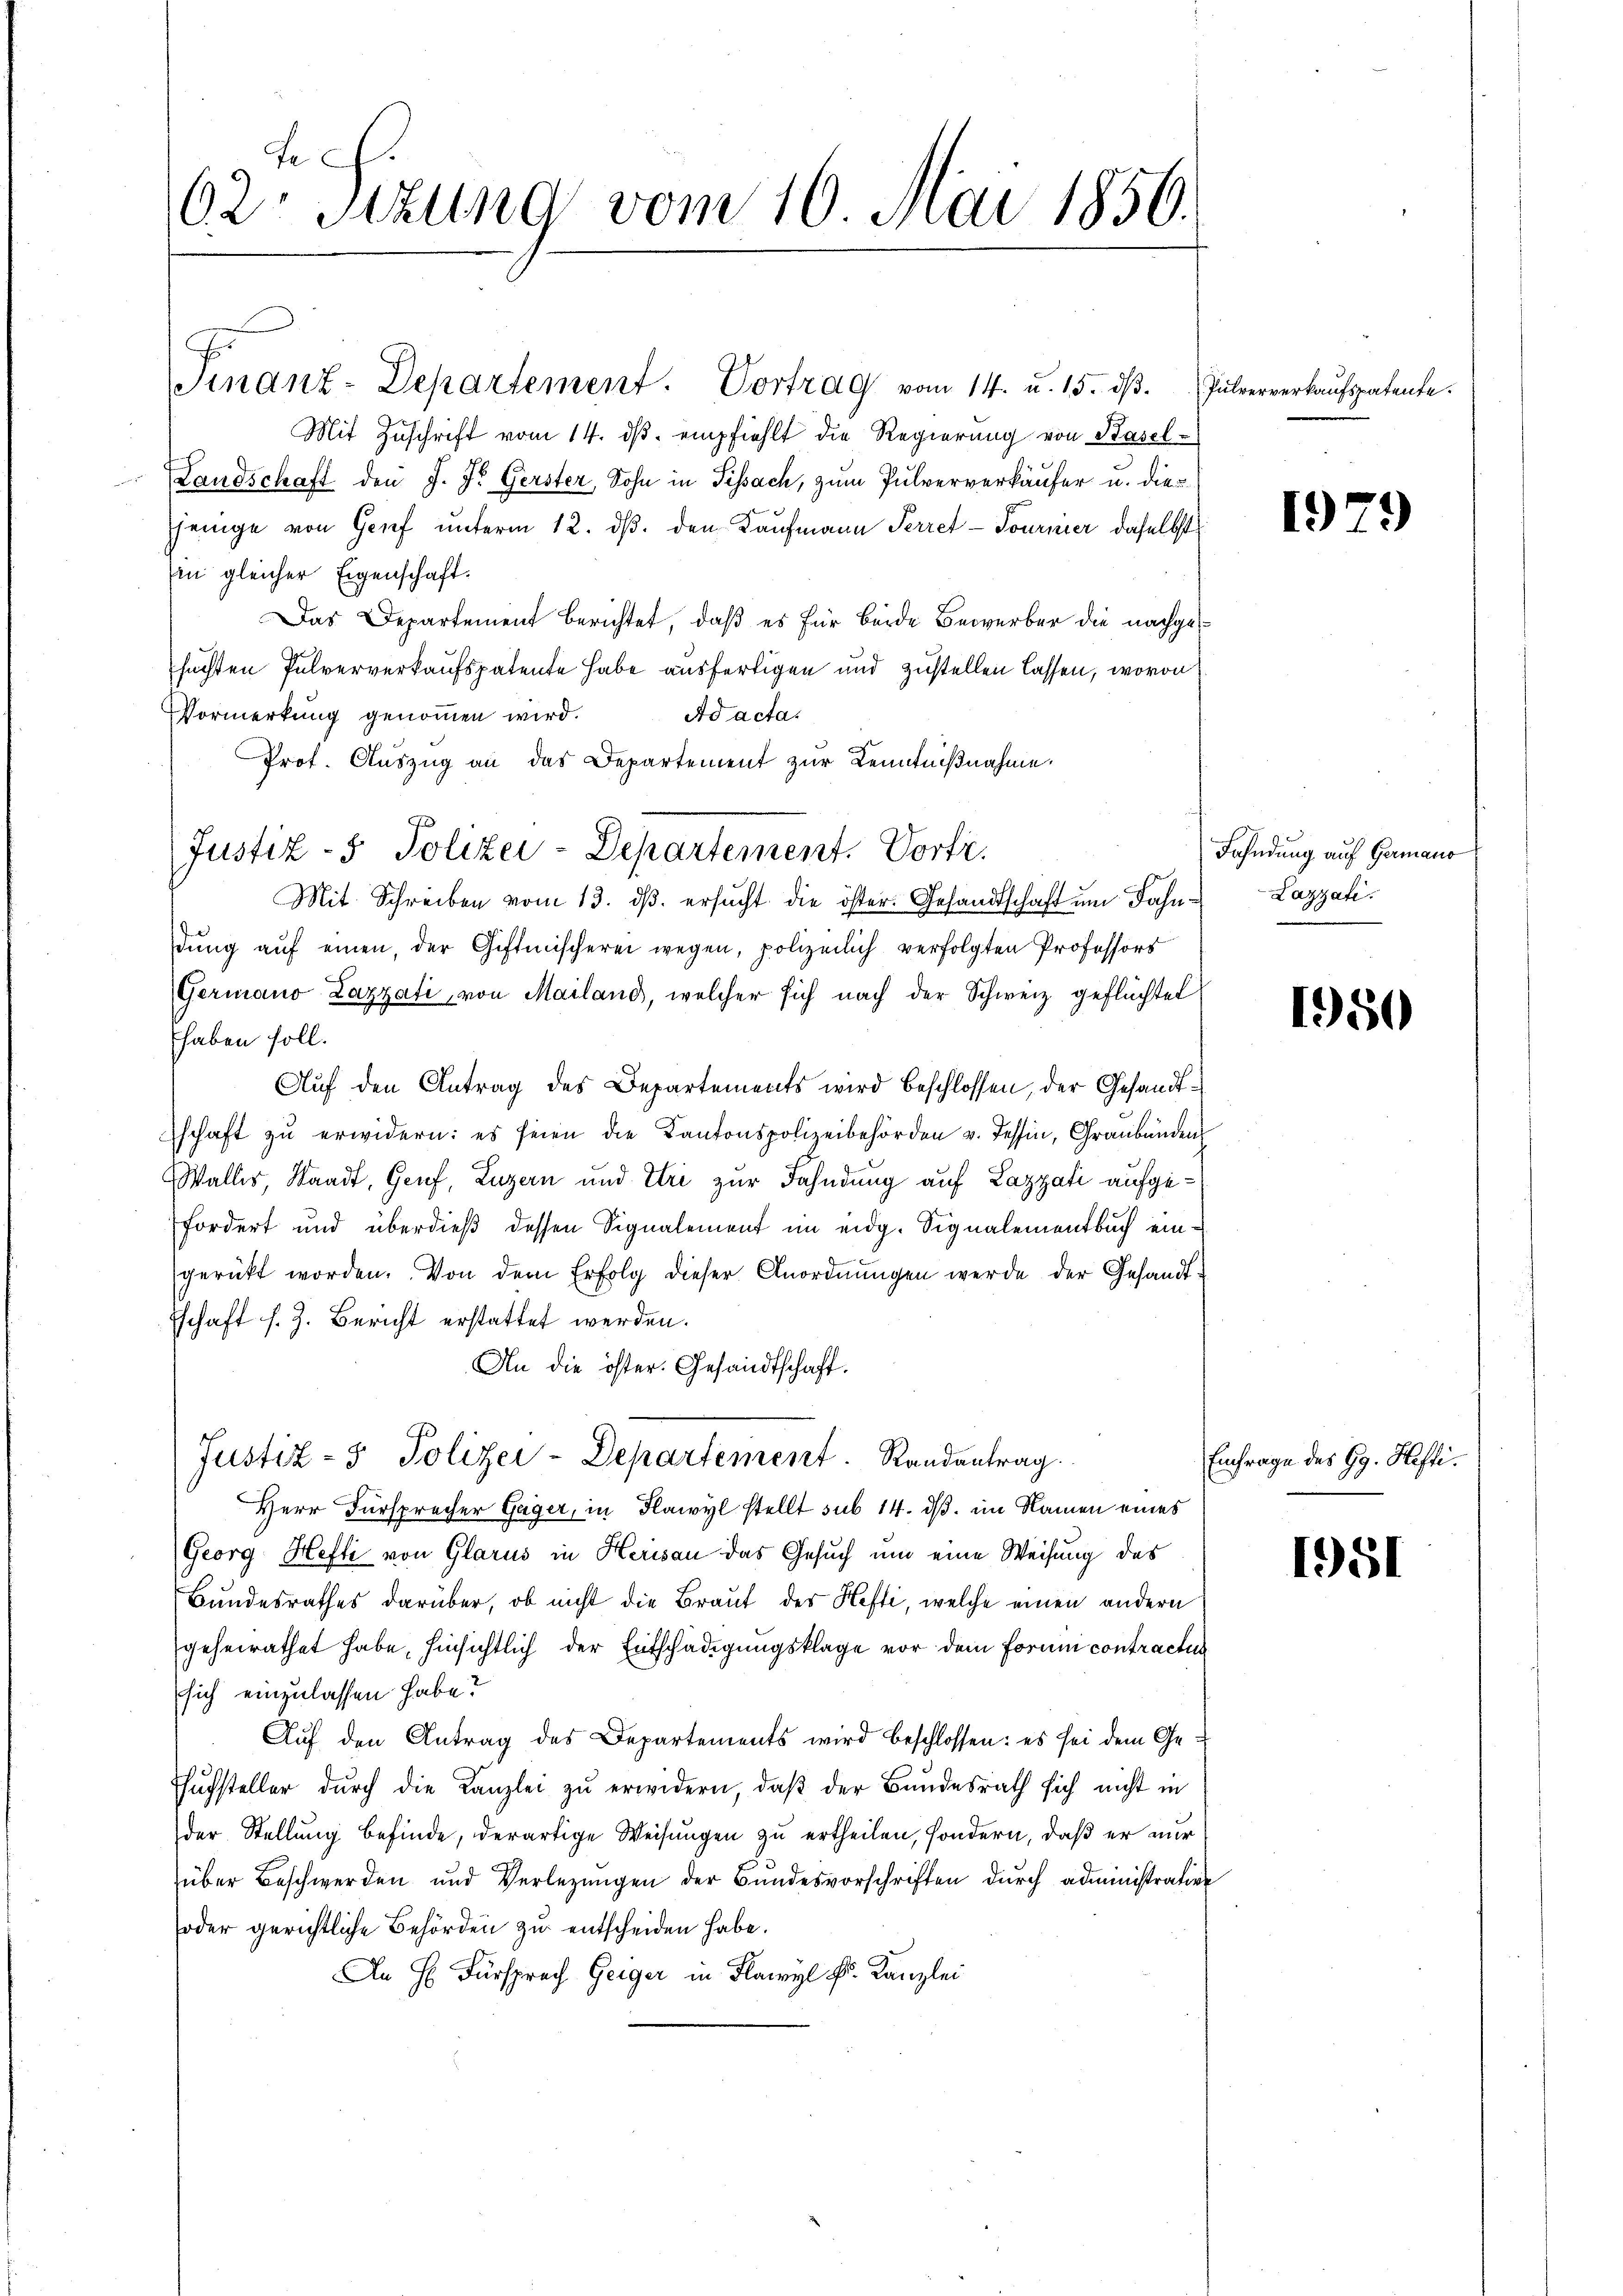
62: Sizung vom 16. Mai 1850.

Finanz-Departement. Vortrag vom 14. u. 15. dβ.
Mit Zuschrift vom 14. ds. empfiehlt die Regierung von Basel-
Landschaft den J. J. Gerster, Sohn in Tissach, zum Pulververkäufer u. die
jenige von Genf unterm 12. ds. den Kaufmann Perret - Tournier, daselbst
in gleicher Eigenschaft.
Das Departement berichtet, daß es für Beide Bewerber die nachgesuchten Pulververkaufspatente habe ausfertigen und zustellen lassen, wovon
Vormerkung genommen wird.
Ad acta.
Prof. Auszug an das Departement zur Kenntnißnahme.
dŭng aŭf einen, der Giftmischerei wegen, polizeilich verfolgten Professors
Germano Lazzati, von Mailand, welcher sich nach der Schweiz geflüchtet
haben soll.
Auf den Antrag des Departements wird beschlossen, der Gesandtschaft zŭ erwidern: es seien die Kantonspolizeibehörden v. Tessin, Graubünden
Wallis, Staadt, Genf, Luzern und Uri zur Fahndung auf Lazzati aufgefordert und überdieß dessen Signalement im eidg. Signalementbuch eingerückt worden. Von dem Erfolg dieser Anordnungen werde der Gesandt¬
Eschaft s. Z. Bericht erstattet werden.
An die öster. Gesandtschaft.
Justiz- & Polizei-Departement. Randantrag.
Herr Fürsprecher Gager, in Flawyl stellt sub 14. ds. im Namen eines
Georg Hefti von Glarus in Herisau das Gesuch um eine Weisung des
Bundesrathes darüber, ob nicht die Braut des Hefti, welche einen andern
geheirathet habe, hinsichtlich der Entschädigungsklage vor dem Formni contractus
sich einzulassen habe?
Auf den Antrag des Departements wird beschlossen: es sei dem Ge¬
Tufsteller durch die Kanzlei zu erwidern, daß der Bundesrath sich nicht in
der Stellung befinde, derartige Weisungen zu ertheilen, sondern, daß er nur
über Beschwerden und Verlegŭngen der Bŭndesvorschriften durch administration
oder gerichtliche Behörden zu entscheiden habe.
An Hr. Fürsprach Geiger in Flawyl k. Kanzlei

Justiz- & Polizei-Departement. Vortr
Mit Schreiben vom 13. dβ. ersŭcht die öster. Gesandtschaft ŭm Fahn-Lazzati.

Pulververkaufspatente.

1979

Fahndung auf Germano

1950

Einfrage des Gg. Hefti¬

1951